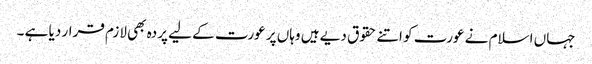
جہاں اسلام نے عورت کو اتنے حقوق دیے ہیں وہاں پر عورت کے لیے پردہ بھی لازم قرار دیا ہے ۔